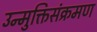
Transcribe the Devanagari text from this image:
उन्मुक्तिसंक्रमण